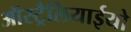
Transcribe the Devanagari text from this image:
ऑस्ट्रैलियाईयो